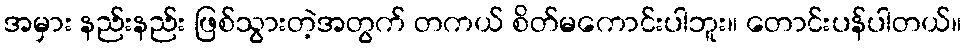
အမှား နည်းနည်း ဖြစ်သွားတဲ့အတွက် တကယ် စိတ်မကောင်းပါဘူး။ တောင်းပန်ပါတယ်။